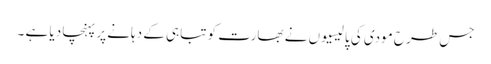
جس طرح مودی کی پالیسیوں نے بھارت کو تباہی کے دہانے پر پہنچا دیا ہے ۔